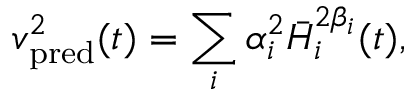
v _ { \mathrm { p r e d } } ^ { 2 } ( t ) = \sum _ { i } \alpha _ { i } ^ { 2 } \bar { H } _ { i } ^ { 2 \beta _ { i } } ( t ) ,